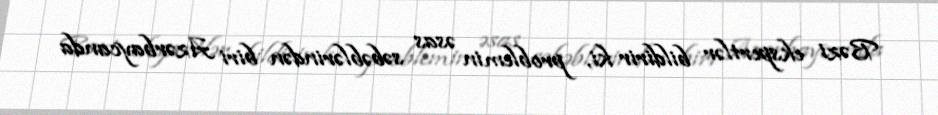
Bəzi ekspertlər bildirir ki, problemin əsas səbəblərindən biri Azərbaycanda